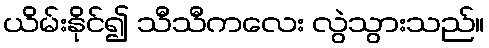
ယိမ်းနိုင်၍ သီသီကလေး လွဲသွားသည်။